Lunatic asylums Bombay report 1878-1890 - 1878-1890
Year: 1878
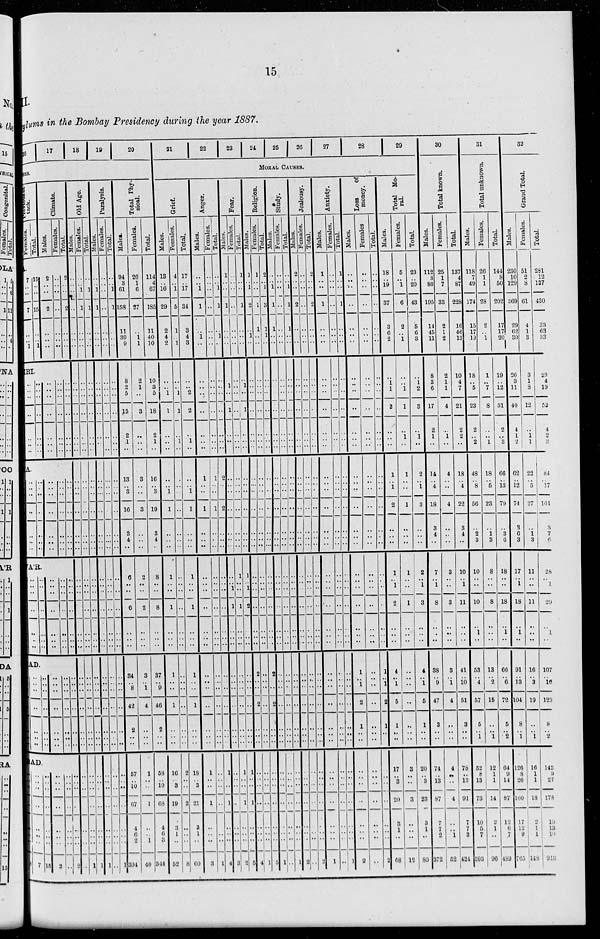
15
II.
Asylums in the Bombay Presidency during the year 1887.
16 17 18 19 20
Previous at¬
tack.
Females.
7
..
..
7
..
.. 1
Total.
15
..
..
15
..
.. 1
Climate.
Males.
2
..
..
2
..
..
..
Females.
..
..
..
..
..
..
..
Total.
2
..
..
2
..
..
..
RI.
..
..
..
..
..
..
..
..
..
..
..
..
..
..
..
..
..
..
..
..
..
..
..
..
..
..
..
..
..
..
..
..
..
..
..
A.
..
.. ..
..
..
..
..
..
.. ..
..
..
..
..
..
.. ..
..
..
..
..
..
.. ..
..
..
..
..
..
.. ..
..
..
..
..
A'R
..
..
..
..
..
..
..
..
..
..
..
..
..
..
..
..
..
..
..
..
..
..
..
..
..
..
..
..
..
..
..
..
..
..
..
AD.
..
..
..
..
..
..
..
..
..
..
..
..
..
..
..
..
..
..
..
..
..
..
..
..
..
..
..
..
..
..
..
..
..
..
..
AD.
..
..
..
..
..
..
..
..
7
..
..
..
..
..
..
..
..
15
..
..
..
..
..
..
..
..
2
..
..
..
..
..
..
..
..
..
..
..
..
..
..
..
..
..
2
Old Age.
Males.
..
..
..
..
..
..
..
..
..
..
..
..
..
..
..
.. ..
..
..
..
..
..
..
..
..
..
..
..
..
..
..
..
..
..
..
..
..
..
..
..
..
..
..
..
Females.
..
.. 1
1
..
..
..
..
..
..
..
..
..
..
..
.. ..
..
..
..
..
..
..
..
..
..
..
..
..
..
..
..
..
..
..
..
..
..
..
..
..
..
..
1
Total.
..
.. 1
1
..
..
..
..
..
..
..
..
..
..
..
.. ..
..
..
..
..
..
..
..
..
..
..
..
..
..
..
..
..
..
..
..
..
..
..
..
..
..
..
1
Paralysis.
Males.
..
.. 1
1
..
..
..
..
..
..
..
..
..
..
..
.. ..
..
..
..
..
..
..
..
..
..
..
..
..
..
..
..
..
..
..
..
..
..
..
..
..
..
..
1
Females.
..
..
..
..
..
..
..
..
..
..
..
..
..
..
..
.. ..
..
..
..
..
..
..
..
..
..
..
..
..
..
..
..
..
..
..
..
..
..
..
..
..
..
..
..
Total.
..
.. 1
1
..
..
..
..
..
..
..
..
..
..
..
.. ..
..
..
..
..
..
..
..
..
..
..
..
..
..
..
..
..
..
..
..
..
..
..
..
..
..
..
1
Total Phy¬
sical
Males.
94
3
61
58
11
39
9
8
2
5
15
2
1
..
13
.. 3
16
3
4
..
6
..
..
6
..
..
..
34
..
8
42
2
..
..
57
.. 10
..
67
4
6
2
304
Females.
20
1
6
27
..
1
1
2
1
..
3
..
..
..
3
.. ..
3
..
..
..
2
..
..
2
..
..
..
3
.. 1
4
..
..
..
1
..
..
..
1
..
..
1
40
Total.
114
4
67
185
11
40
10
10
3
5
18
2
1
..
16
.. 3
19
3
4
..
8
..
..
8
..
..
..
37
.. 9
46
2
..
..
58
.. 10
..
68
4
6
3
344
21
22
23
24
25 26
27
28
29
MORAL CAUSES.
Grief.
Males.
13
.. 16
29
2
4
2
..
.. 1
1
..
..
..
..
.. 1
1
..
..
..
1
..
..
1
..
..
..
1
..
..
1
..
..
..
10
.. 3
..
19
3
1
..
52
Females.
4
.. 1
5
1
.. 1
..
.. 1
1
..
1
..
..
.. ..
..
..
..
..
..
..
..
..
..
..
..
..
..
..
..
..
..
..
2
..
..
..
2
..
..
..
8
Total.
17
.. 17
34
3
4
3
..
.. 2
2
..
1
..
..
.. 1
1
..
..
..
1
..
..
1
..
..
..
1
..
..
1
..
..
..
18
.. 3
..
21
3
1
..
60
Anger.
Males.
..
.. 1
1
..
1
..
..
..
..
..
..
..
..
1
.. ..
1
..
..
..
..
..
..
..
..
..
..
..
..
..
..
..
..
..
1
..
..
..
1
..
..
..
3
Females.
..
..
..
..
..
..
..
..
..
..
..
..
..
..
1
.. ..
1
..
..
..
..
..
..
..
..
..
..
..
..
..
..
..
..
..
..
..
..
..
..
..
..
..
1
Total.
..
.. 1
1
..
1
..
..
..
..
..
..
..
..
2
.. ..
2
..
..
..
..
..
..
..
..
..
..
..
..
..
..
..
..
..
1
..
..
..
1
..
..
..
4
Fear.
Males.
1
..
..
1
..
..
..
..
1
..
1
..
..
..
..
.. ..
..
..
..
..
..
..
..
1
..
..
..
..
..
..
..
..
..
..
..
..
..
..
..
..
..
..
3
Females.
..
..
..
..
..
..
..
..
..
..
..
..
..
..
..
.. ..
..
..
..
..
1
..
..
1
..
..
..
..
..
..
..
..
..
..
1
..
..
..
1
..
..
..
2
Total.
1
..
..
1
..
..
..
..
1
..
1
..
..
..
..
.. ..
..
..
..
..
1
.. 1
2
..
..
..
..
..
..
..
..
..
..
1
..
..
..
1
..
..
..
5
Religoin.
Males.
1
.. 1
2
..
1
..
..
..
..
..
..
..
..
..
..
..
..
..
..
..
..
..
..
..
..
..
..
2
..
..
2
..
..
..
..
..
..
..
..
..
..
..
4
Females.
1
..
..
1
1
..
..
..
..
..
..
..
..
..
..
.. ..
..
..
..
..
..
..
..
..
..
..
..
..
..
..
..
..
..
..
..
..
..
..
..
..
..
..
1
Total.
2
.. 1
3
1
1
..
..
..
..
..
..
..
..
..
.. ..
..
..
..
..
..
..
..
..
..
..
..
2
..
..
2
..
..
..
..
..
..
..
..
..
..
..
5
Study.
Males.
..
.. 1
1
1
..
..
..
..
..
..
..
..
..
..
.. ..
..
..
..
..
..
..
..
..
..
..
..
..
..
..
..
..
..
..
..
..
..
..
..
..
..
..
1
Females.
..
..
..
..
..
..
..
..
..
..
..
..
..
..
..
.. ..
..
..
..
..
..
..
..
..
..
..
..
..
..
..
..
..
..
..
..
..
..
..
..
..
..
..
..
Total.
..
.. 1
1
1
..
..
..
..
..
..
..
..
..
..
.. ..
..
..
..
..
..
..
..
..
..
..
..
..
..
..
..
..
..
..
..
..
..
..
..
..
..
..
1
Jealousy.
Males.
2
..
..
2
..
..
..
..
..
..
..
..
..
..
..
.. ..
..
..
..
..
..
..
..
..
..
..
..
..
..
..
..
..
..
..
..
..
..
..
..
..
..
..
2
Females.
..
..
..
..
..
..
..
..
..
..
..
..
..
..
..
.. ..
..
..
..
..
..
..
..
..
..
..
..
..
..
..
..
..
..
..
..
..
..
..
..
..
..
..
..
Total.
2
..
..
2
..
..
..
..
..
..
..
..
..
..
..
.. ..
..
..
..
..
..
..
..
..
..
..
..
..
..
..
..
..
..
..
..
..
..
..
..
..
..
..
2
Anxiety.
Males.
1
..
..
1
..
..
..
..
..
..
..
..
..
..
..
.. ..
..
..
..
..
..
..
..
..
..
..
..
..
..
..
..
..
..
..
..
..
..
..
..
..
..
..
1
Females.
..
..
..
..
..
..
..
..
..
..
..
..
..
..
..
.. ..
..
..
..
..
..
..
..
..
..
..
..
..
..
..
..
..
..
..
..
..
..
..
..
..
..
..
..
Total.
1
..
..
1
..
..
..
..
..
..
..
..
..
..
..
.. ..
..
..
..
..
..
..
..
..
..
..
..
..
..
..
..
..
..
..
..
..
..
..
..
..
..
..
1
Loss of money.
Males.
..
..
..
..
..
..
.
..
..
..
..
..
..
..
..
.. ..
..
..
..
..
..
..
..
..
..
..
..
1
.. 1
2
1
..
..
..
..
..
..
..
..
..
..
2
Females
..
..
..
..
..
..
..
..
..
..
..
..
..
..
..
.. ..
..
..
..
..
..
..
..
..
..
..
..
..
..
..
..
..
..
..
..
..
..
..
..
..
..
..
..
Total.
..
..
..
..
..
..
..
..
..
..
..
..
..
..
..
.. ..
..
..
..
..
..
..
..
..
..
..
..
1
.. 1
2
1
..
..
..
..
..
..
..
..
..
..
2
Total Mo¬
ral.
Males.
18
.. 19
37
3
6
2
..
1
1
2
..
..
..
1
.. 1
2
..
..
..
1
.. 1
2
..
..
..
4
.. 1
5
1
..
..
17
.. 3
..
20
3
1
..
68
Females.
5
.. 1
6
2
.. 1
..
.. 1
1
..
1
..
1
.. ..
1
..
..
..
1
..
..
1
..
..
..
..
..
..
..
..
..
..
3
..
..
..
3
..
..
..
12
Total.
23
.. 20
43
5
6
3
..
1
2
3
..
1
..
2
.. 1
3
..
..
..
2
.. 1
3
..
..
..
4
.. 1
5
1
..
..
20
.. 3
..
23
3
1
..
80
30
Total Known.
Males.
112
3
80
195
14
45
11
8
3
6
17
2
1
..
14
.. 4
18
3
4
..
7
.. 1
8
..
..
..
38
.. 9
47
3
..
..
74
.. 13
..
87
7
7
2
372
Females.
25
1
7
33
2
1
2
2
1
1
4
..
1
..
4
.. ..
4
..
..
..
3
..
..
3
..
..
..
3
.. 1
4
..
..
..
4
..
..
..
4
..
..
1
52
Total.
137
4
87
228
16
46
13
10
4
7
21
2
2
..
18
.. 4
22
3
4
..
10
.. 1
11
..
..
..
41
.. 10
51
3
..
..
78
.. 13
..
91
7
7
3
424
31
Total unknown.
Males.
118
7
49
174
15
17
19
18
.. 5
23
2
.. 2
48
.. 8
56
..
2
3
10
..
..
10
..
1
..
53
.. 4
57
5
.. 1
52
8
13
..
73
10
5
7
393
Females.
26
1
1
28
2
.. 1
1
.. 7
8
..
.. 1
18
.. 5
23
..
1
3
8
..
..
8
..
..
..
13
.. 2
15
..
.. 1
12
1
1
..
14
2
1
..
96
Total.
144
8
50
202
17
17
20
19
.. 12
31
2
.. 3
66
.. 13
79
..
3
6
18
..
..
18
..
1
..
66
.. 6
72
5
.. 2
64
9
14
..
67
12
6
7
489
32
Grand Total.
Males.
230
10
129
369
29
62
30
26
3
11
40
4
1
2
62
.. 12
74
3
6
3
17
.. 1
18
..
1
..
91
.. 13
104
8
.. 1
126
8
26
..
160
17
12
9
765
Females.
51
2
8
61
4
1
3
3
1
8
12
..
1 1
22
.. 5
27
..
1
3
11
..
..
11
..
..
..
16
.. 3
19
..
.. 1
16
1
1
..
18
2
1
1
148
Total.
281
12
137
430
33
63
33
29
4
19
52
4
2
3
84
.. 17
101
..
7
6
28
.. 1
29
..
1
..
107
.. 16
123
8
.. 2
142
9
27
..
178
19
13
19
913